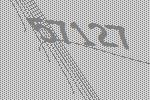
57127